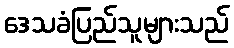
ဒေသခံပြည်သူများသည်